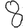
Digit: 8